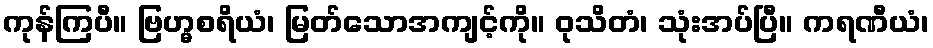
ကုန်ကြပီ။ ဗြဟ္မစရိယံ၊ မြတ်သောအကျင့်ကို။ ဝုသိတံ၊ သုံးအပ်ပြီ။ ကရဏီယံ၊